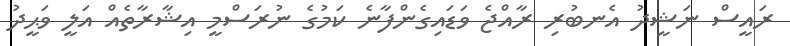
ރައީސް ނަޝީދު އެނބުރި ރާއްޖެ ވަޑައިގެންފާނެ ކަމުގެ ނުރަސްމީ އިޝާރާތެއް އަލީ ވަޙީދު